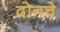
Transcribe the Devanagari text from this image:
दोनचे